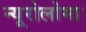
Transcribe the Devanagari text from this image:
न्यूरोलोमा